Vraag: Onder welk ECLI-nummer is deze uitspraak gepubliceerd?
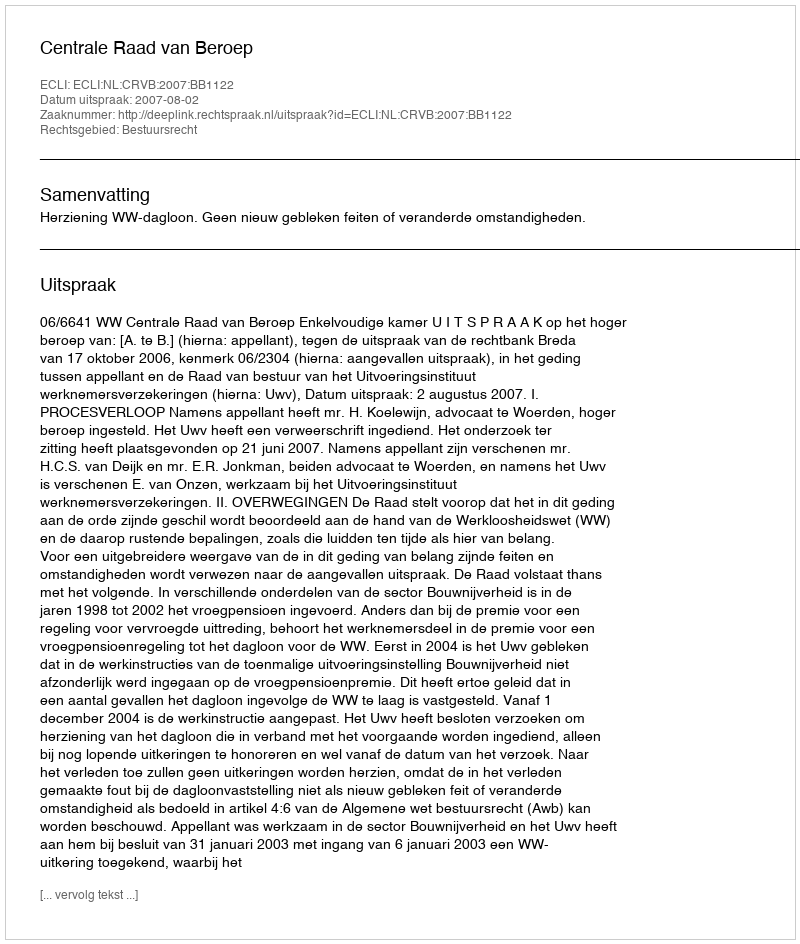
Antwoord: ECLI:NL:CRVB:2007:BB1122